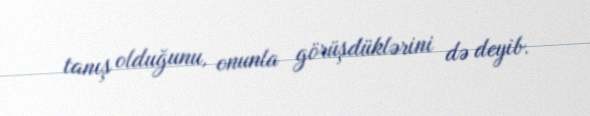
tanış olduğunu, onunla görüşdüklərini də deyib.